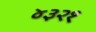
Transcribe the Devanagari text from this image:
४३२१